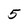
Character: 5